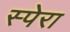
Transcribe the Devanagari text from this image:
स्पेरा